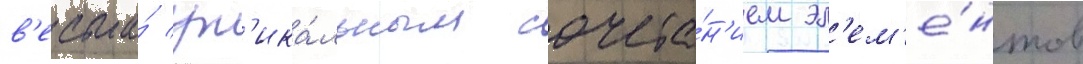
в'есьма́ ун'ика́льным сочета́н'ием эл'ем'е́нтов